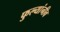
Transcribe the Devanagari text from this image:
फुल्यांनीव